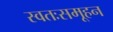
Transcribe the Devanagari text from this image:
स्वतःसमूहन